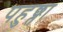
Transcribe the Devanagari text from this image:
पहुछ्ता